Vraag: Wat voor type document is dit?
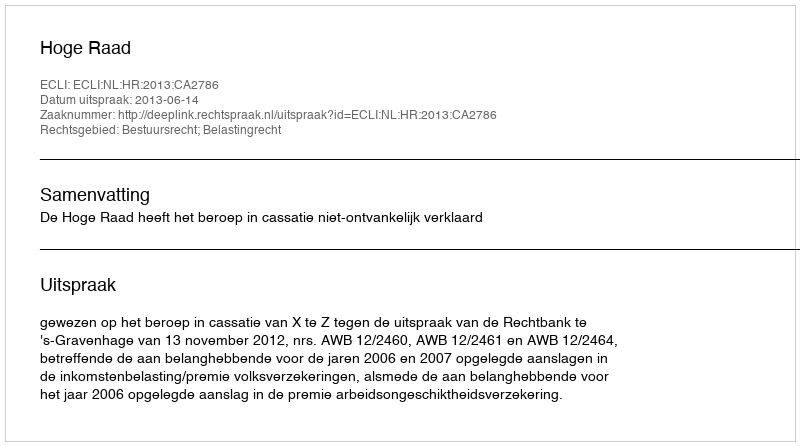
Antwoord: Uitspraak